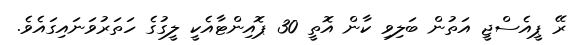
ރޭ ޕީއެސްޖީ އަތުން ބަލިވި ކާން އޮތީ 30 ޕޮއިންޓާއެކީ ލީގުގެ ހަތަރުވަނައިގައެވެ.